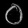
Digit: ၀